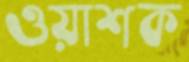
ওয়াশক